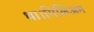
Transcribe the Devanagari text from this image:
था।गिलिअम